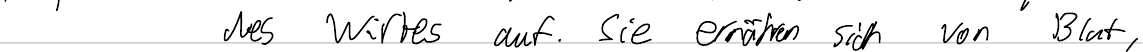
des Wirtes auf. Sie ernähren sich von Blut,